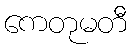
ကေတုမတီ